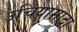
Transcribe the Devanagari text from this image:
उचियामादा